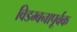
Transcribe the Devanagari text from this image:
विडम्बनापूर्वक